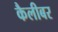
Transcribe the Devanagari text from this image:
कैलीबर